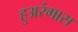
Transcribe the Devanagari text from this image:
हुअरंगास